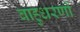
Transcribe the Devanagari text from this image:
बाहुधरणों